Medical and sanitary report of the native army of Madras for the year
Year: 1875
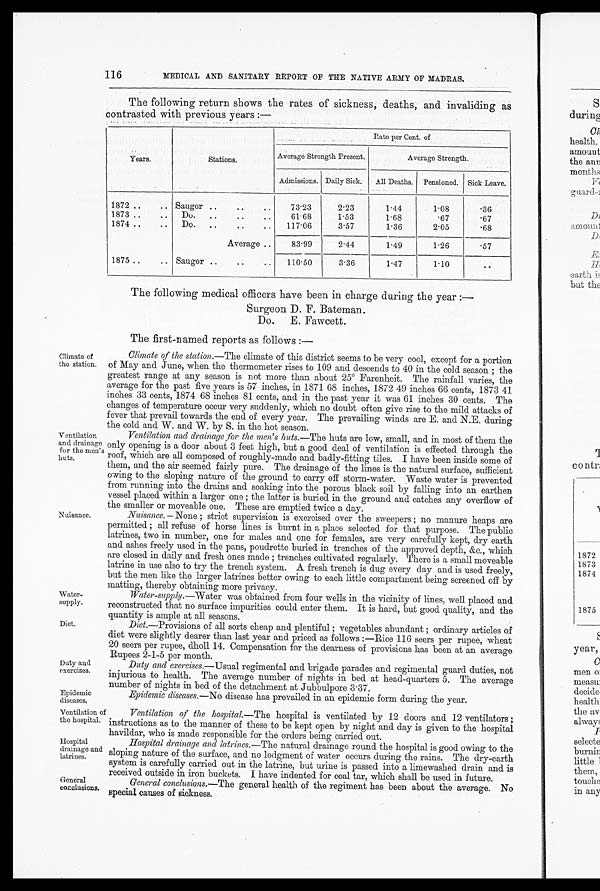
116
MEDICAL AND SANITARY REPORT OF THE NATIVE ARMY OF MADRAS.
The following return shows the rates of sickness, deaths, and invaliding as
contrasted with previous years:—
Years.
Stations.
Rate per Cent. of
Average Strength Present.
Average Strength.
Admissions. Daily Sick.
All Deaths. Pensioned. Sick Leave.
1872 ..
.. Saugor ..
..
..
73.23
2.23
1.44
1.08
.36
1873 ..
..
Do.
..
..
..
61.68
1.53
1.68
.67
.67
1874 ..
..
Do.
..
..
..
117.06
3.57
1.36
2.05
.68
Average ..
83.99
2.44
1.49
1.26
.57
1875 ..
.. Saugor ..
..
..
110.50
3.36
1.47
1.10
. .
The following medical officers have been in charge during the year:—
Surgeon D. F. Bateman.
Do. E. Fawcett.
The first-named reports as follows:—
Duty and
exercises.
Epidemic
diseases.
Ventilation of
the hospital.
Hospital
drainage and
latrines.
General
conclusions.
Climate of
the station.
Ventilation
and drainage
for the men's
huts,
Nuisance.
Water-
supply.
Diet.
Climate of the station.—The climate of this district seems to be very cool, except for a portion
of May and June, when the thermometer rises to 109 and descends to 40 in the cold season; the
greatest range at any season is not more than about 25° Farenheit. The rainfall varies, the
average for the past five years is 57 inches, in 1871 68 inches, 1872 49 inches 66 cents, 1873 41
inches 33 cents, 1874 68 inches 81 cents, and in the past year it was 61 inches 30 cents. The
changes of temperature occur very suddenly, which no doubt often give rise to the mild attacks of
fever that prevail towards the end of every year. The prevailing winds are E. and N.E. during
the cold and W. and W. by S. in the hot season.
Ventilation and drainage for the men's huts.— The huts are low, small, and in most of them the
only opening is a door about 3 feet high, but a good deal of ventilation is effected through the
roof, which are all composed of roughly-made and badly-fitting tiles. I have been inside some of
them, and the air seemed fairly pure. The drainage of the lines is the natural surface, sufficient
owing to the sloping nature of the ground to carry off storm-water. Waste water is prevented
from running into the drains and soaking into the porous black soil by falling into an earthen
vessel placed within a larger one; the latter is buried in the ground and catches any overflow of
the smaller or moveable one. These are emptied twice a day.
Nuisance.— None; strict supervision is exercised over the sweepers; no manure heaps are
permitted; all refuse of horse lines is burnt in a place selected for that purpose. The public
latrines, two in number, one for males and one for females, are very carefully kept, dry earth
and ashes freely used in the pans, poudrette buried in trenches of the approved depth, &c., which
are closed in daily and fresh ones made; trenches cultivated regularly. There is a small moveable
latrine in use also to try the trench system. A fresh trench is dug every day and is used freely,
but the men like the larger latrines better owing to each little compartment being screened off by
matting, thereby obtaining more privacy.
Water-supply—Water was obtained from four wells in the vicinity of lines, well placed and
reconstructed that no surface impurities could enter them. It is hard, but good quality, and the
quantity is ample at all seasons.
Diet.—Provisions of all sorts cheap and plentiful; vegetables abundant; ordinary articles of
diet were slightly dearer than last year and priced as follows:—Rice 116 seers per rupee, wheat
20 seers per rupee, dholl 14. Compensation for the dearness of provisions has been at an average
Rupees 2-1-5 per month.
Duty and exercises.— Usual regimental and brigade parades and regimental guard duties, not
injurious to health. The average number of nights in bed at head-quarters 5. The average
number of nights in bed of the detachment, at Jubbulpore 3.37_
Epidemic diseases.— No disease has prevailed in an epidemic form during the year.
Ventilation of the hospital.— The hospital is ventilated by 12 doors and 12 ventilators;
instructions as to the manner of these to be kept open by night and day is given to the hospital
havildar, who is made responsible for the orders being carried out.
Hospital drainage and latrines.— The natural drainage round the hospital is good owing to the
sloping nature of the surface, and no lodgment of water occurs during the rains. The dry-earth
system is carefully carried out in the latrine, but urine is passed into a limewashed drain and is
received outside in iron buckets. I have indented for coal tar, which shall be used in future.
General conclusions.—The general health of the regiment has been about the average. No
special causes of sickness.